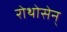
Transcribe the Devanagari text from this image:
रोथोसेन्